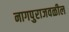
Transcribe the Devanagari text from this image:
नागपुराजवळील